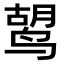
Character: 𫛷